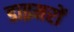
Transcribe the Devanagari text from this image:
डाइमरों